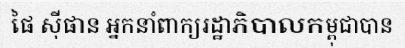
ផៃ ស៊ីផាន អ្នកនាំពាក្យរដ្ឋាភិបាលកម្ពុជាបាន